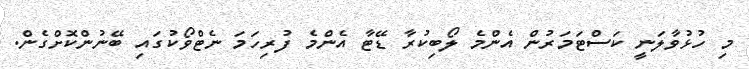
މި ހުޅުވާލަނީ ކަސްޓަމަރުން އެންމެ ލޯބިކުރާ ޑޭޓާ އެންމެ ފުރިހަމަ ނެޓްވޯކުގައި ބޭނުންކޮށްގެން.